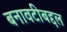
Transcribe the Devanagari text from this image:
बनावटीबद्दल